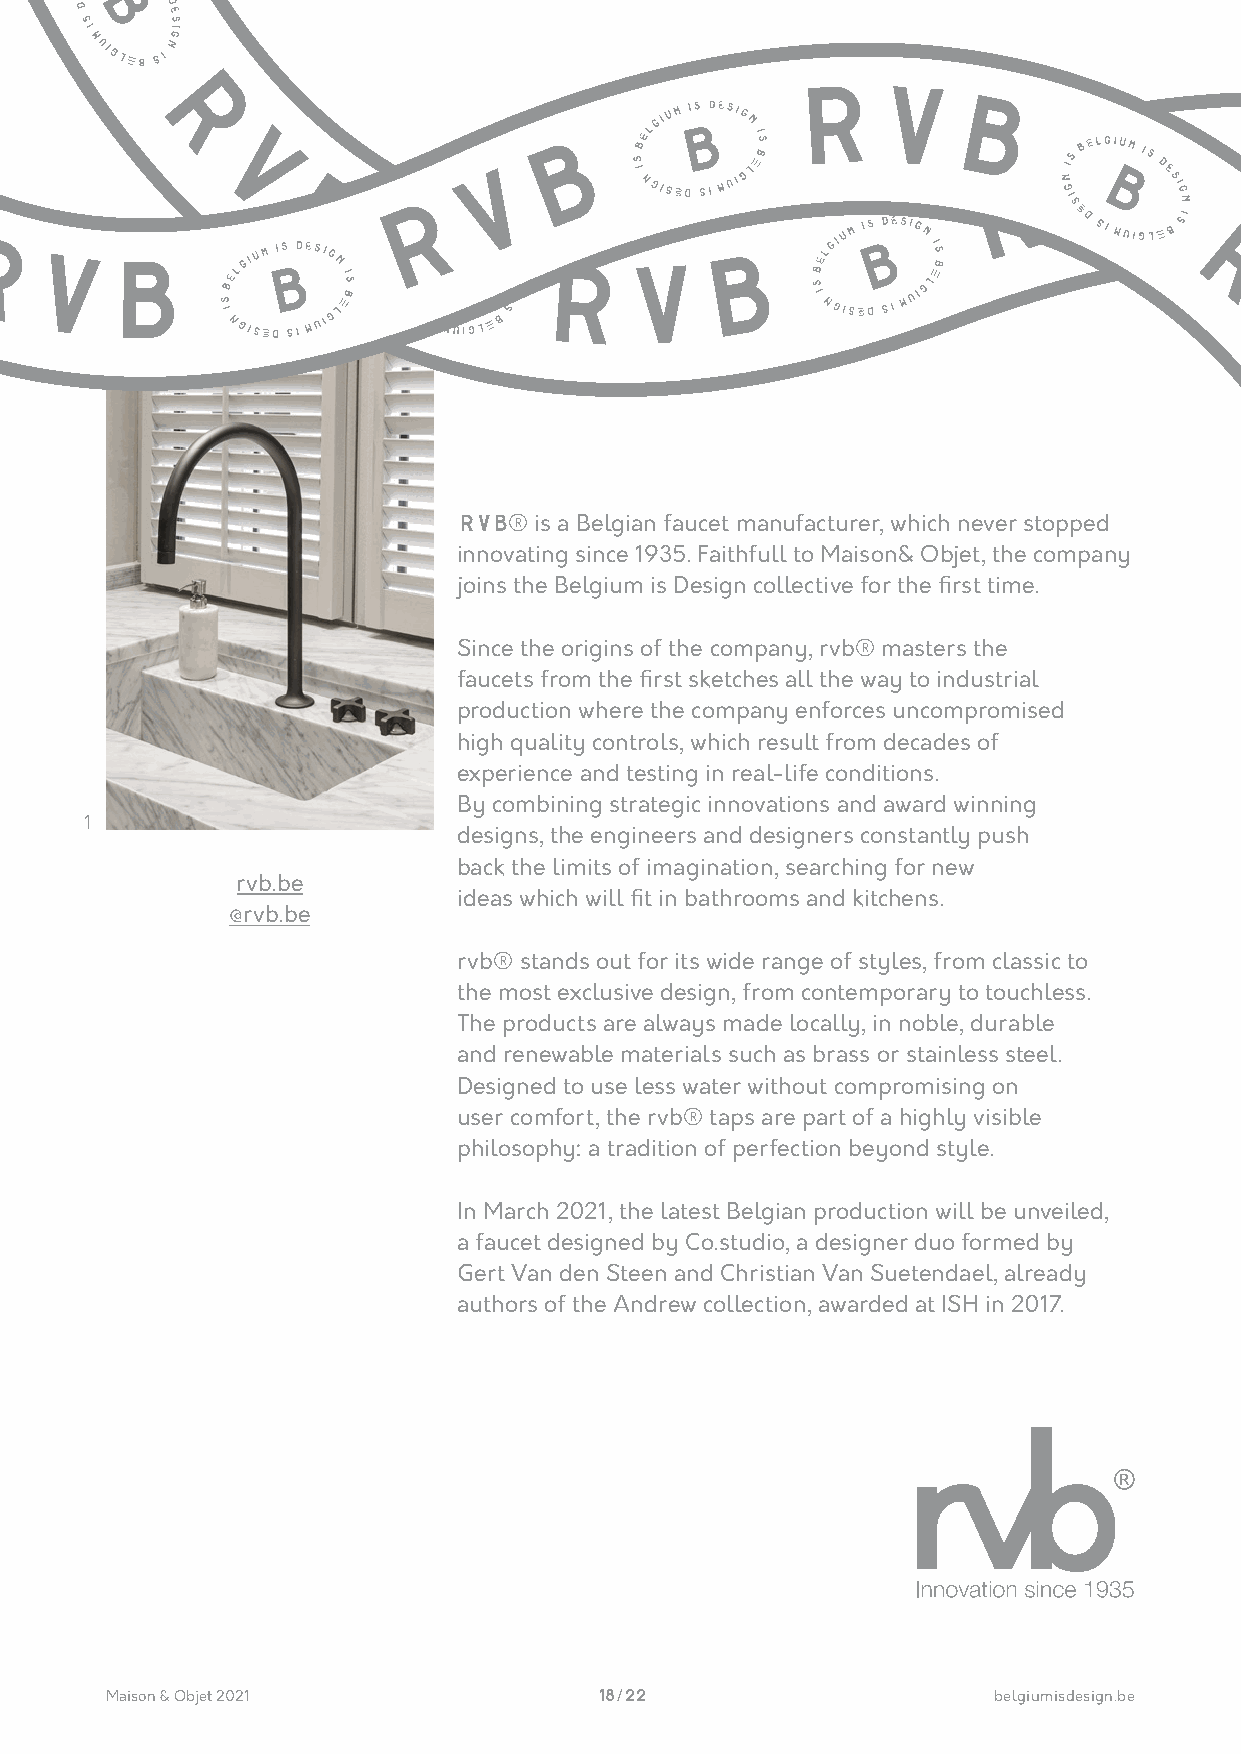
R
 R
 V
 B
 R    V
 B
 R
 R                                   B                                     B
 V
 V                  V                                 R                         R
 V
 B
 R                                                                     V
 B
 B
 R
 VB                                RV
 B                             R
 V
 R
 B
 V
 B
 RVB® is a Belgian faucet manufacturer, which never stopped
 innovating since 1935. Faithfull to Maison& Objet, the company
 joins the Belgium is Design collective for the first time.
 Since the origins of the company, rvb® masters the
 faucets from the first sketches all the way to industrial
 production where the company enforces uncompromised
 high quality controls, which result from decades of
 experience and testing in real-life conditions.
 By combining strategic innovations and award winning
 1
 designs, the engineers and designers constantly push
 back the limits of imagination, searching for new
 rvb.be
 ideas which will fit in bathrooms and kitchens.
 @rvb.be
 rvb® stands out for its wide range of styles, from classic to
 the most exclusive design, from contemporary to touchless.
 The products are always made locally, in noble, durable
 and renewable materials such as brass or stainless steel.
 Designed to use less water without compromising on
 user comfort, the rvb® taps are part of a highly visible
 philosophy: a tradition of perfection beyond style.
 In March 2021, the latest Belgian production will be unveiled,
 a faucet designed by Co.studio, a designer duo formed by
 Gert Van den Steen and Christian Van Suetendael, already
 authors of the Andrew collection, awarded at ISH in 2017.
 Maison & Objet 2021              18 / 22                   belgiumisdesign.be